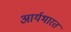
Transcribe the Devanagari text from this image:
आर्यभारत